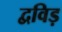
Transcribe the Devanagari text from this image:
द्वविड़